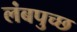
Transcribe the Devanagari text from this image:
लंबपुच्छ